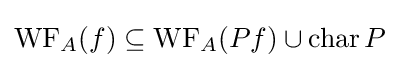
\operatorname {WF} _{A}(f)\subseteq \operatorname {WF} _{A}(Pf)\cup \operatorname {char} P